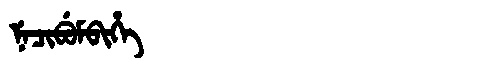
Manchu: ᠨᡝᠴᡳᠪᡠᠮᠪᡳᡥᡝ
Romanization: NECIBUMBIHE